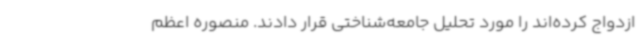
ازدواج کرده‌اند را مورد تحلیل جامعه‌شناختی قرار دادند. منصوره اعظم